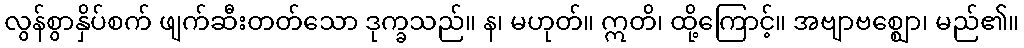
လွန်စွာနှိပ်စက် ဖျက်ဆီးတတ်သော ဒုက္ခသည်။ န၊ မဟုတ်။ ဣတိ၊ ထို့ကြောင့်။ အဗျာဗစ္ဈော၊ မည်၏။